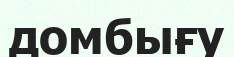
домбығу